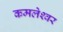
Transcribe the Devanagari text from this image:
कमलेश्‍वर